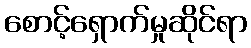
စောင့်ရှောက်မှုဆိုင်ရာ